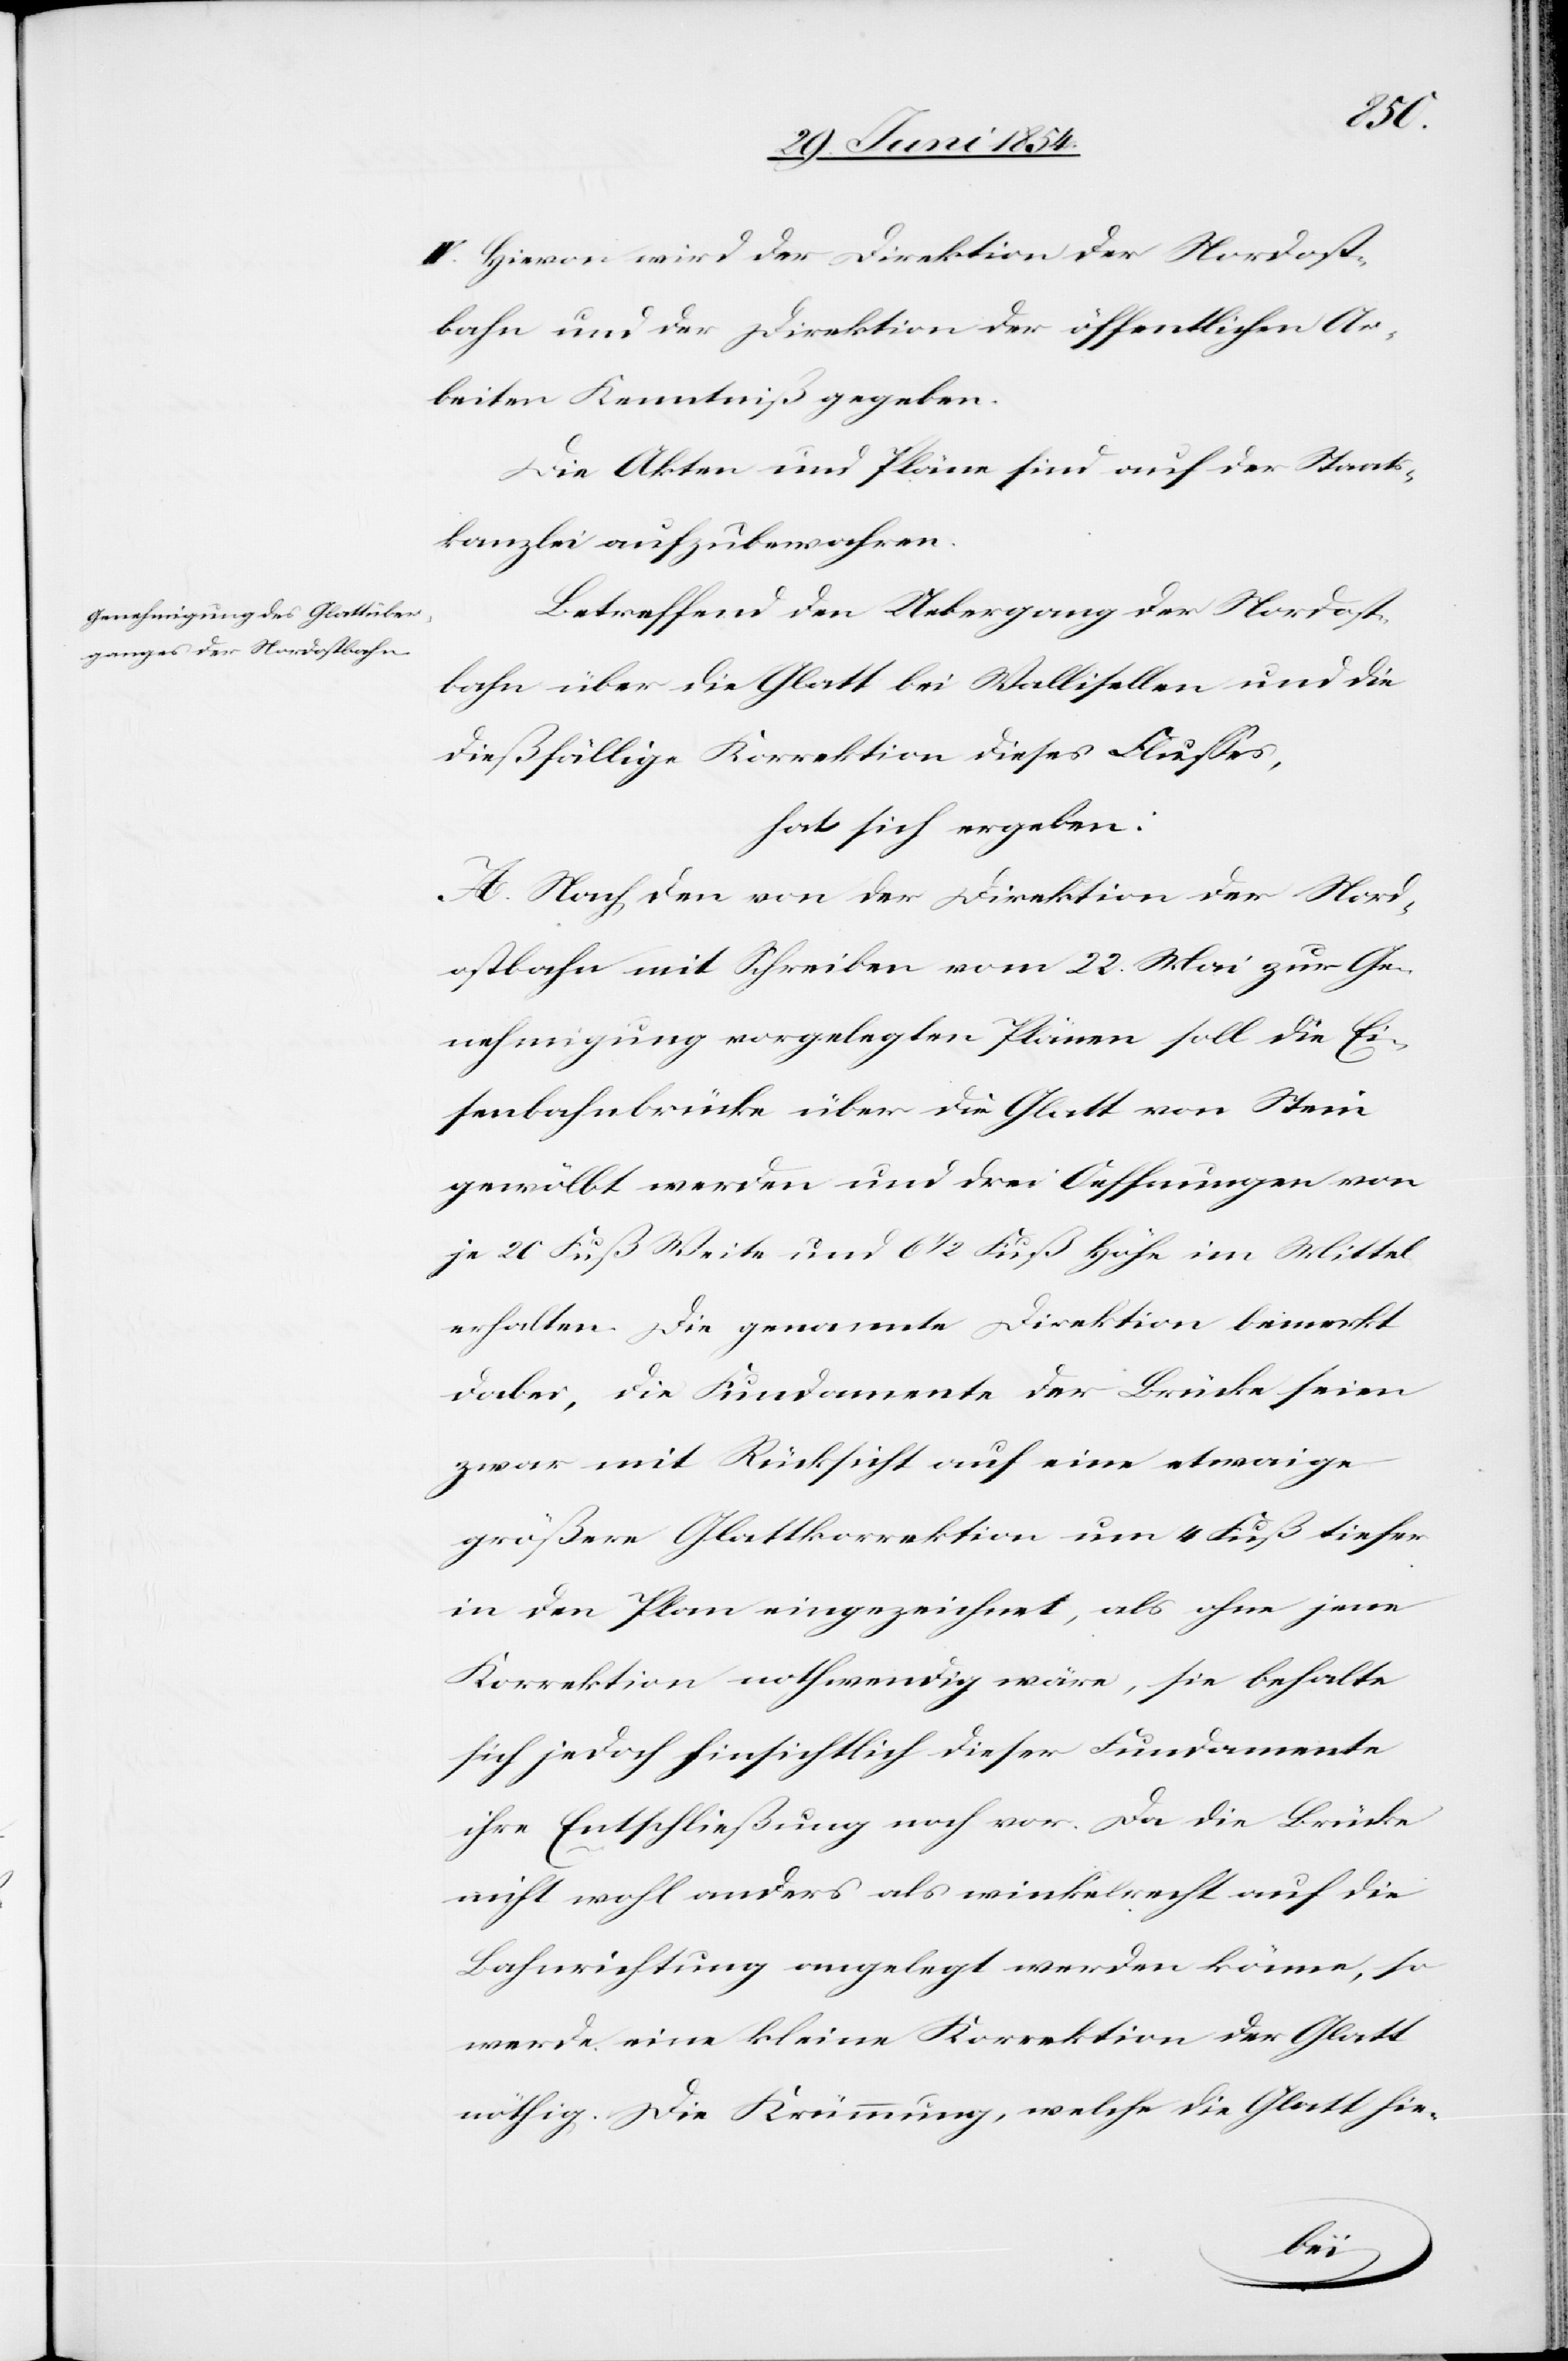
IV. Hievon wird der Direktion der Nordost¬
bahn und der Direktion der öffentlichen Ar¬
beiten Kenntniß gegeben.
Die Akten und Pläne sind auf der Staats¬
kanzlei aufzubewahren.
Betreffend den Uebergang der Nordost¬
bahn über die Glatt bei Wallisellen und die
dießfällige Korrektion dieses Flußes,
hat sich ergeben:
A. Nach den von der Direktion der Nord¬
ostbahn mit Schreiben vom 22. Mai zur Ge¬
nehmigung vorgelegten Pläne soll die Ei¬
senbahnbrücke über die Glatt von Steni
gewölbt werden und drei Oeffnungen von
je 20 Fuß Weite und 6 1/2 Fuß Höhe im Mittel
erhalten. Die genannte Direktion bemerkt
dabei, die Fundamente der Brücke seien
zwar mit Rücksicht auf eine etwaige
größere Glattkorrektion um 4 Fuß tiefer
in den Plan eingezeichnet, als ohne jene
Korrektion nothwendig wäre, sie behalte
sich jedoch hinsichtlich dieser Fundamente
ihre Entschließung noch vor. Da die Brücke
nicht wohl anders als winkelrecht auf die
Bahnrichtung angelegt werden könne, so
werde eine kleine Korrektion der Glatt
nöthig. Die Krümmung, welche die Glatt hie-